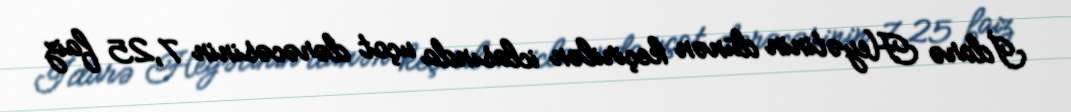
İdarə Heyətinin dünən keçirilən iclasında uçot dərəcəsinin 7,25 faiz